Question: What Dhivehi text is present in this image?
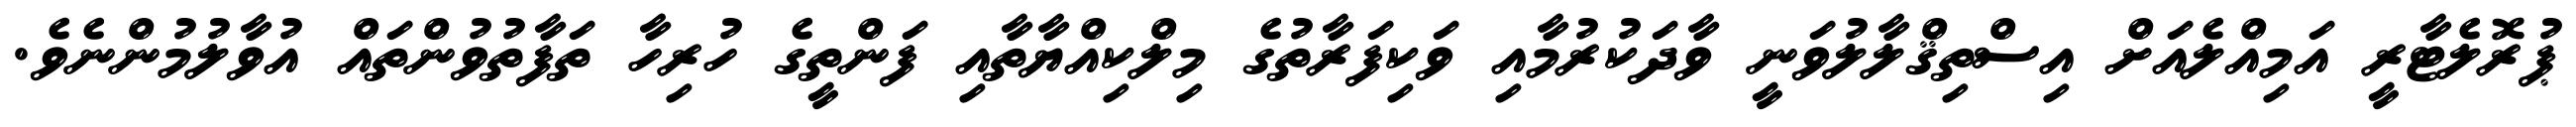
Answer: ޕުރޮލެޓާރީ އަމިއްލެއަށް އިސްތިޤްލާލުވަނީ ވާދަކުރުމާއި ވަކިފަރާތުގެ މިލްކިއްޔާތާއި ފަންތީގެ ހުރިހާ ތަފާތުވުންތައް އުވާލުމުންނެވެ.